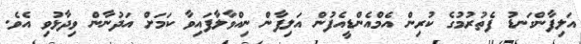
އަލިފާންގަނޑު ފެތުރުމުގެ ކުރިން އެމްއެންޑީއެފުން އަލިފާން ނިއްވާލާފައިވާ ކަމަށް އަދުނާން ވިދާޅުވި އެވެ.